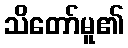
သိတော်မူ၏